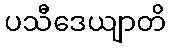
ပသီဒေယျာတိ